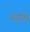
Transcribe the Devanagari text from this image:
थेरींचे